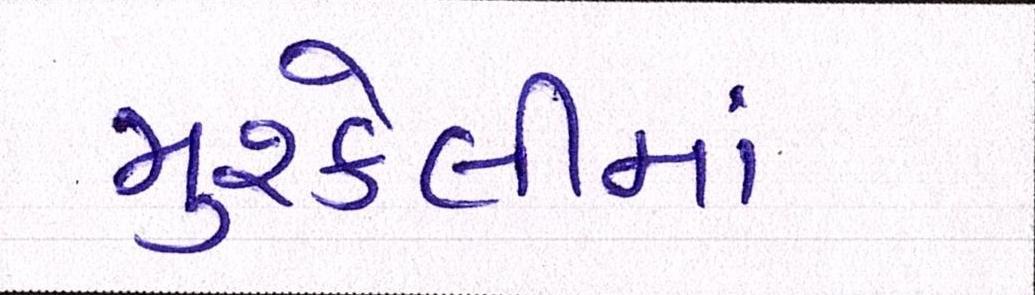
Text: મુશ્કેલીમાં